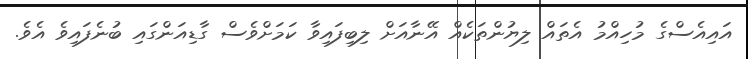
އައިއެސްގެ މުހިއްމު އެތައް ލިޔުންތަކެއް އޭނާއަށް ލިބިފައިވާ ކަމަށްވެސް ގާޑިއަންގައި ބުނެފައިވެ އެވެ.